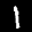
Label: 1